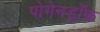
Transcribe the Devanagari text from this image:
पोगेनड्रॉफ